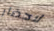
لاحضار